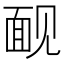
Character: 䩄